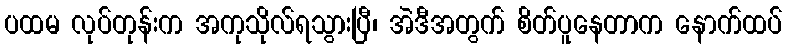
ပထမ လုပ်တုန်းက အကုသိုလ်ရသွားပြီ၊ အဲဒီအတွက် စိတ်ပူနေတာက နောက်ထပ်